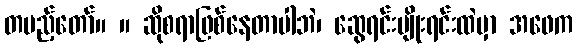
တပည့်တော်။ ။ ဆိုစရာဖြစ်နေတာပါဘဲ၊ ဆွေရင်းမျိုးရင်းထဲမှာ အဖေက